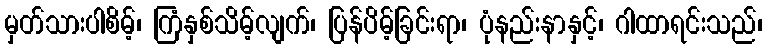
မှတ်သားပါစိမ့်၊ ကြံနှစ်သိမ့်လျက်၊ ပြန်ပိမ့်ခြင်းရာ၊ ပုံနည်းနာနှင့်၊ ဂါထာရင်းသည်၊